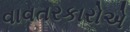
વાવતરકારોએ